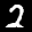
Label: 2